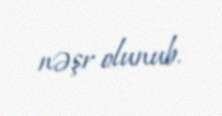
nəşr olunub.